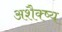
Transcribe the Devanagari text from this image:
अशैक्ष्य